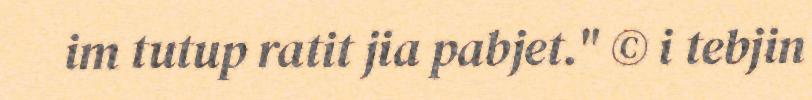
im tutup ratit jia pabjet." © i tebjin